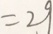
= 2 9